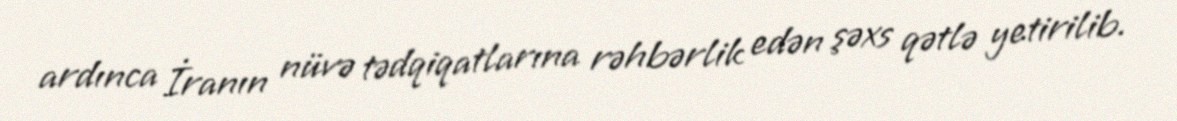
ardınca İranın nüvə tədqiqatlarına rəhbərlik edən şəxs qətlə yetirilib.